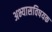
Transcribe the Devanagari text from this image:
अभ्यासविषयक